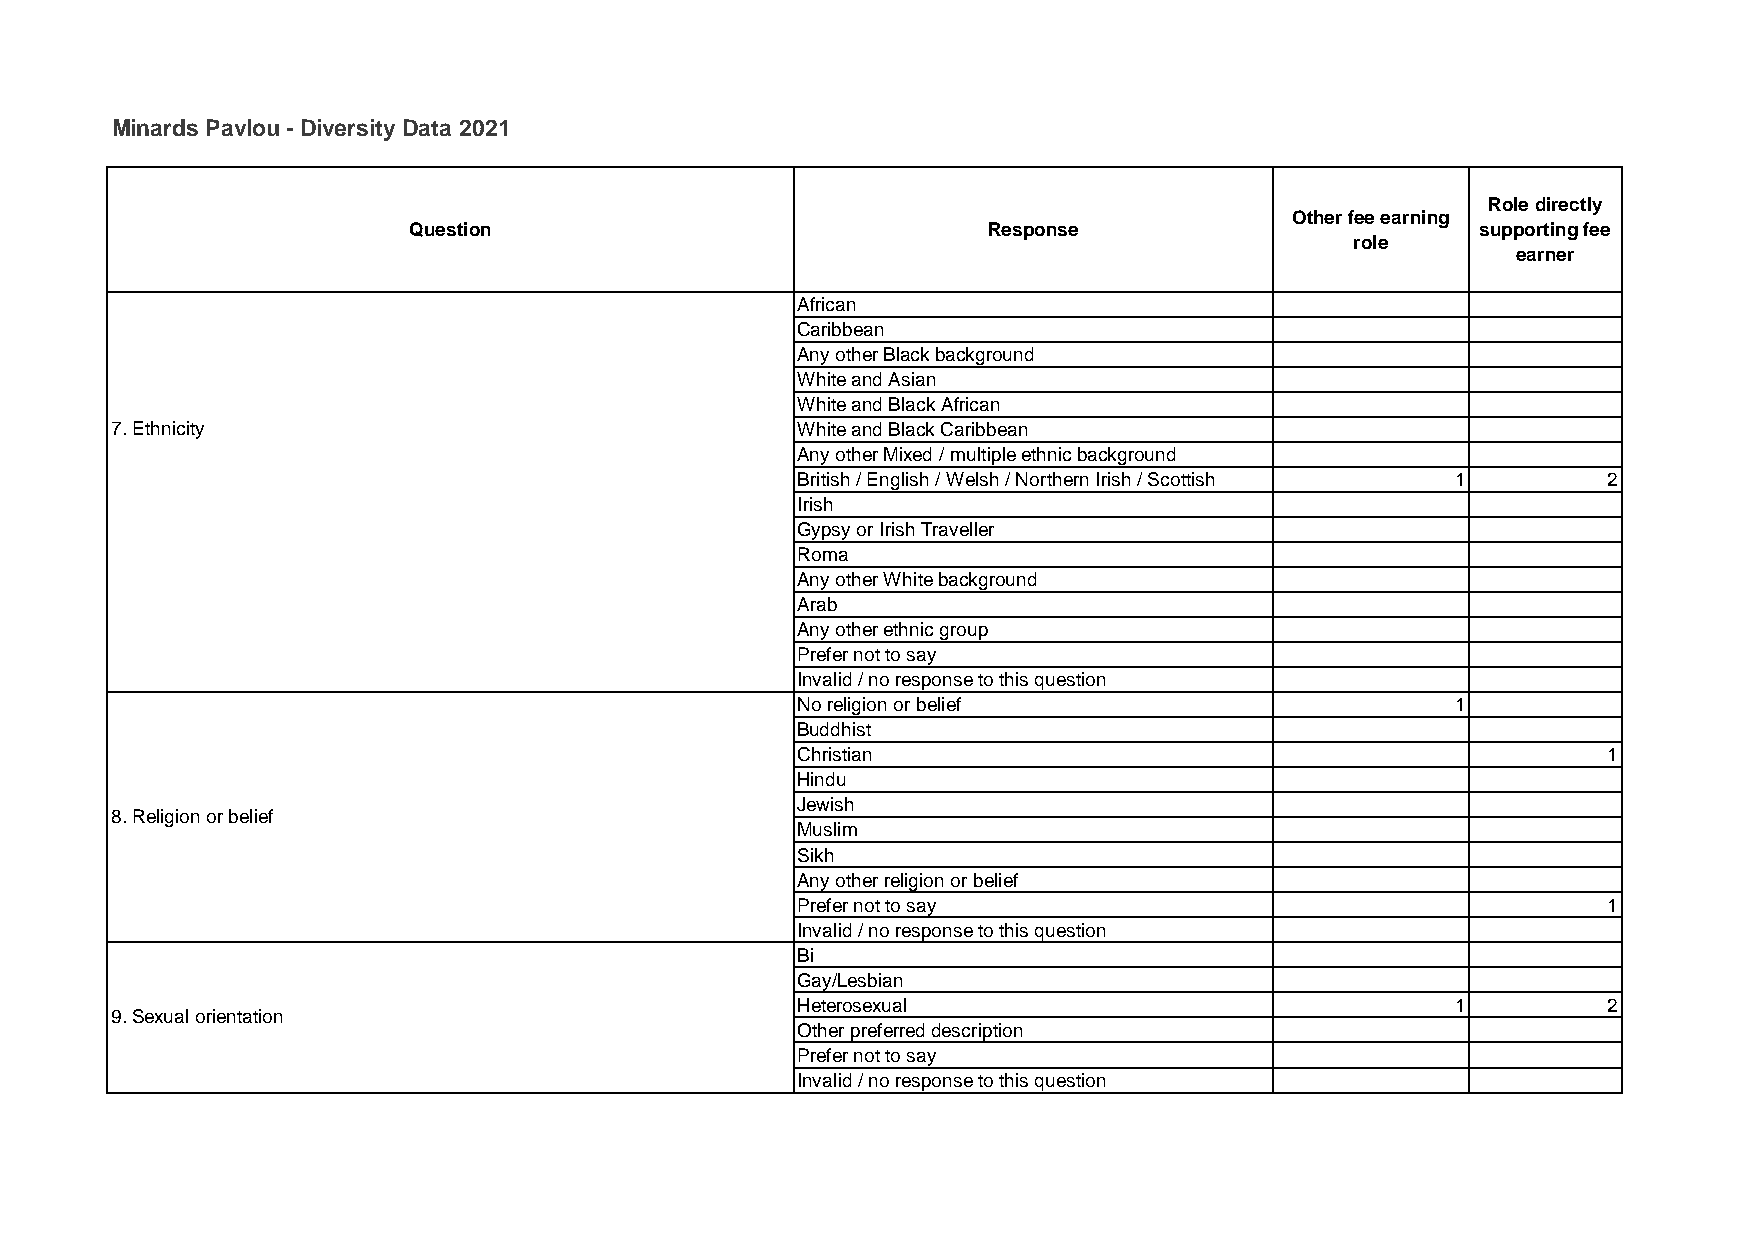
Minards Pavlou - Diversity Data 2021
 Role directly
 Other fee earning
 Question                              Response                         supporting fee
 role
 earner
 African
 Caribbean
 Any other Black background
 White and Asian
 White and Black African
 7. Ethnicity                                  White and Black Caribbean
 Any other Mixed / multiple ethnic background
 British / English / Welsh / Northern Irish / Scottish 1 2
 Irish
 Gypsy or Irish Traveller
 Roma
 Any other White background
 Arab
 Any other ethnic group
 Prefer not to say
 Invalid / no response to this question
 No religion or belief                      1
 Buddhist
 Christian                                            1
 Hindu
 Jewish
 8. Religion or belief
 Muslim
 Sikh
 Any other religion or belief
 Prefer not to say                                    1
 Invalid / no response to this question
 Bi
 Gay/Lesbian
 Heterosexual                               1         2
 9. Sexual orientation
 Other preferred description
 Prefer not to say
 Invalid / no response to this question